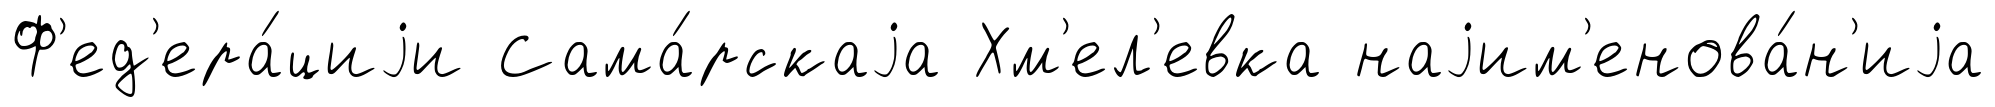
Ф'ед'ера́циjи Сама́рскаjа Хм'ел'евка наjим'енова́н'иjа